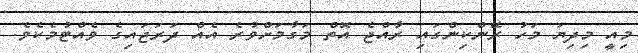
މިއީ މިދިޔަ މަހު ރޭންކިންގައި ރާއްޖެ އޮތް މަގާމަށްވުރެ އެއް ދަރަޖައިގެ ވެއްޓުމެކެވެ.